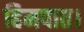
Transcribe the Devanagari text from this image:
हिमपात।